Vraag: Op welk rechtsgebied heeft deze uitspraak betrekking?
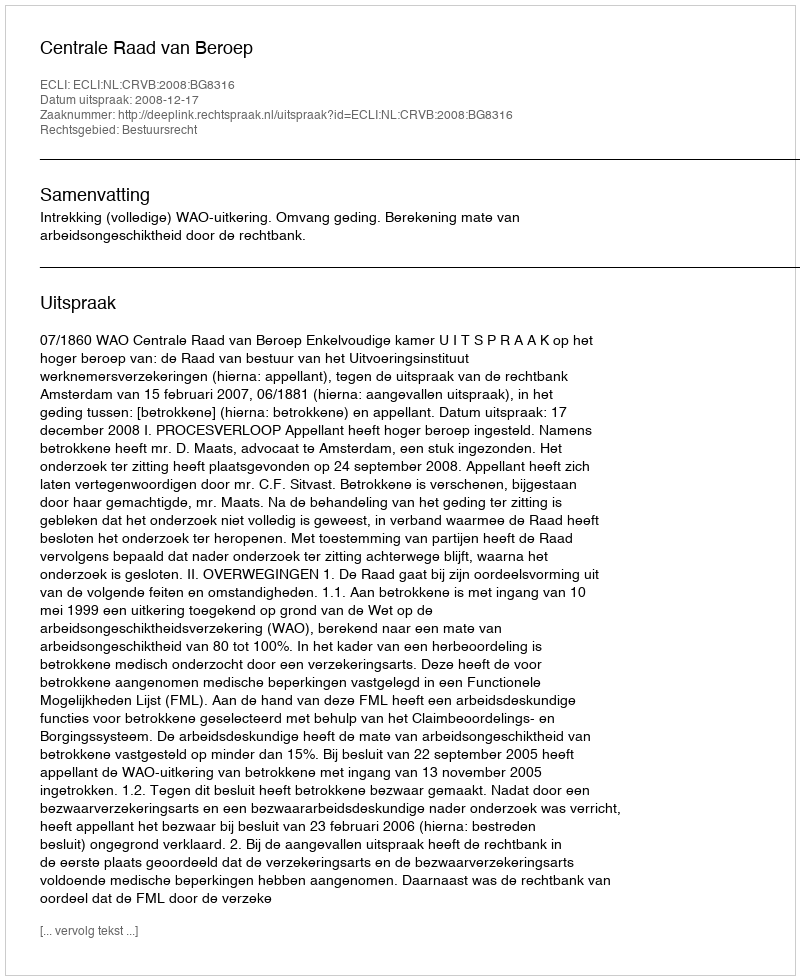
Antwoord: Bestuursrecht